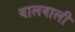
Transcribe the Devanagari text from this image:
बालवाली